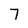
Character: 7